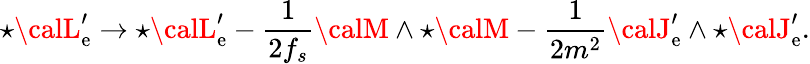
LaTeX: {\star{\calL}_{\mathrm{e}}^{\prime}}\to{\star{\calL}_{\mathrm{e}}^{\prime}}-\frac{{1}}{{2f_{s}}}{\calM}\wedge{\star\calM}-\frac{{1}}{{2m^{2}}}{\calJ}_{\mathrm{e}}^{\prime}\wedge{\star{\calJ}_{\mathrm{e}}^{\prime}}.